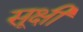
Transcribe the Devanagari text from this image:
सूक्षी